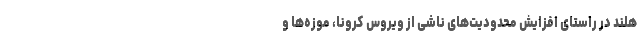
هلند در راستای افزایش محدودیت‌های ناشی از ویروس کرونا، موزه‌ها و